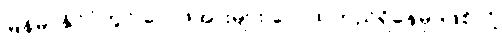
မြန်မာနိုင်ငံတွင် လေဖိအားများ လေထုတည်ရှိနေမှာဖြစ်လို့